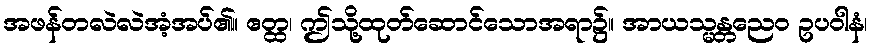
အဖန်တလဲလဲအံ့အပ်၏။ ဧတ္ထ၊ ဤသို့ထုတ်ဆောင်သောအရာ၌။ အာယသ္မန္တညေဝ ဥပဝါနံ၊